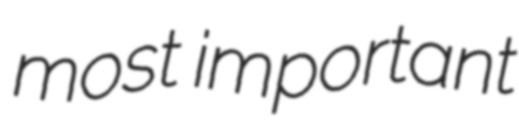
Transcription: most important